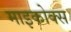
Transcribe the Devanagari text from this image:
माइकोक्स